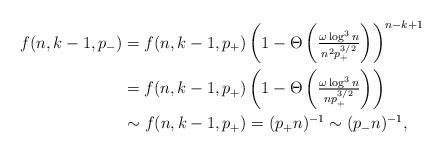
LaTeX: \begin{align*}f(n,k-1,p_-) &= f(n,k-1,p_+) \left(1 - \Theta\left( \tfrac{\omega \log^3 n }{n^2 p_+^{3/2} }\right) \right)^{n-k+1} \\&= f(n,k-1,p_+) \left(1 - \Theta\left( \tfrac{\omega \log^3 n }{n p_+^{3/2} }\right) \right)\\&\sim f(n,k-1,p_+) = (p_+ n)^{-1} \sim (p_- n)^{-1},\end{align*}